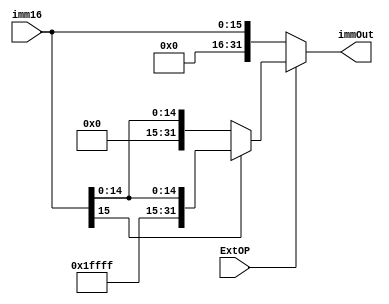
module signZeroExtend(imm16,ExtOP,immOut);
input [15:0] imm16;
input ExtOP;
output wire [31:0]immOut;
wire [31:0]extend_1;
wire [31:0]extend_0;
assign extend_1=imm16[15]?{{16{1'b1}},imm16}:{{16{1'b0}},imm16};
assign extend_0={{16{1'b0}},imm16};
assign immOut=ExtOP?extend_1:extend_0;
/*
always@(negedge clk)
begin
	immOut=ExtOP?extend_1:extend_0;
end*/
endmodule